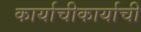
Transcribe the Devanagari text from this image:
कार्याचीकार्याची